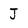
Character: J